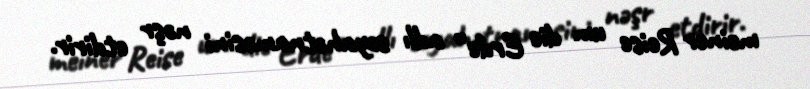
meiner Reise um die Erde” adlı səyahətnaməsini nəşr etdirir.